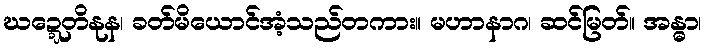
ဃဍ္ဍေတိနုန၊ ခတ်မိယောင်အံ့သည်တကား။ မဟာနာဂ၊ ဆင်မြတ်။ အန္ဓာ၊